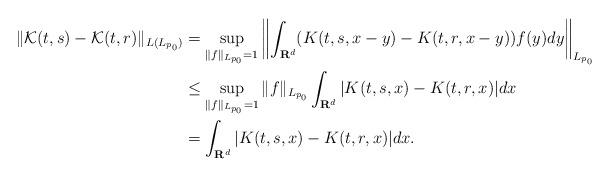
LaTeX: \begin{align*} \|\mathcal{K}(t,s)-\mathcal{K}(t,r)\|_{L(L_{p_0})}&=\sup_{\|f\|_{L_{p_0}}=1}\left\|\int_{\mathbf{R}^{d}}(K(t,s,x-y)-K(t,r,x-y))f(y)dy\right\|_{L_{p_0}}\\ &\leq \sup_{\|f\|_{L_{p_0}}=1}\|f\|_{L_{p_0}}\int_{\mathbf{R}^{d}}|K(t,s,x)-K(t,r,x)|dx\\ &= \int_{\mathbf{R}^{d}}|K(t,s,x)-K(t,r,x)|dx.\end{align*}